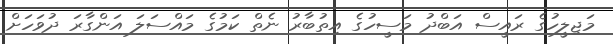
މަޖިލީހުގެ ރައީސް އަބްދު މަސީހުގެ އިތުބާރު ނެތް ކަމުގެ މައްސަލަ އަންގާރަ ދުވަހަށް